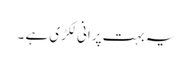
یہ بہت پرانی لکڑی ہے ۔